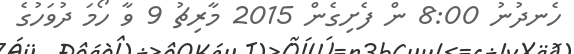
ހެނދުނު 8:00 ން ފެށިގެން 2015 މާރިޗު 9 ވާ ހޯމަ ދުވަހުގެ